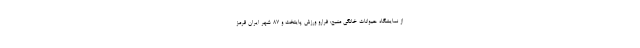
از نمایشگاه حیوانات خانگی منبع: فرارو ورزش پایتخت و ۸۷ شهر ایران قرمز